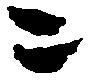
ニ